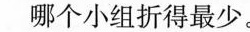
哪个小组折得最少。